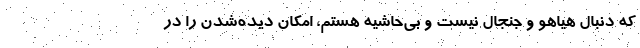
که دنبال هیاهو و جنجال نیست و بی‌حاشیه هستم، امکان دیده‌شدن را در